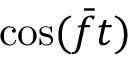
\cos ( \bar { f } t )